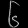
Digit: ၆